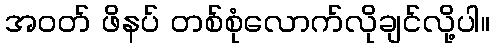
အဝတ် ဖိနပ် တစ်စုံလောက်လိုချင်လို့ပါ။